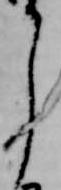
了